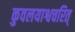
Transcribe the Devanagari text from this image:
कुवलयाश्वचरित्